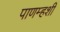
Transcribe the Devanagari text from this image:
पाणम्हशी